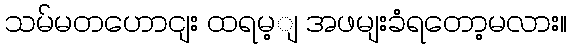
သမ်မတဟောငျး ထရမ့ျ အဖမျးခံရတော့မလား။